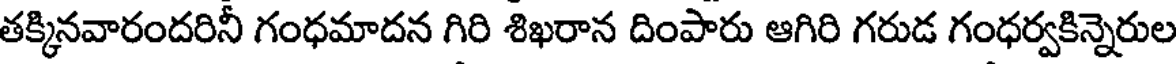
తక్కినవారందరినీ గంధమాదన గిరి శిఖరాన దింపారు ఆగిరి గరుడ గంధర్వకిన్నెరుల